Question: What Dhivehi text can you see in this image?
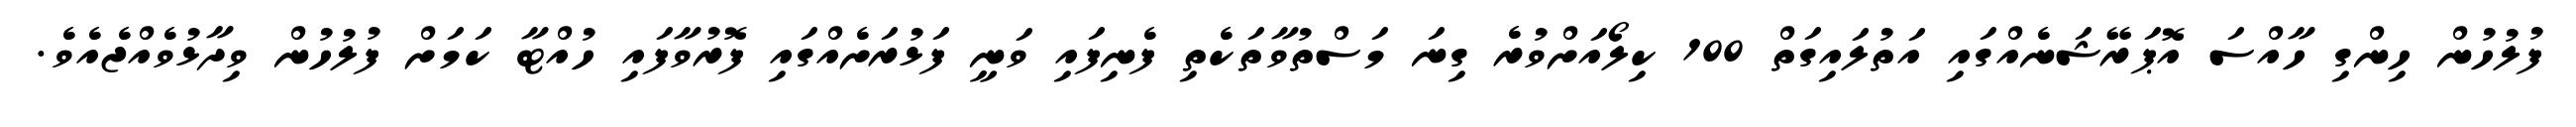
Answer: ފުލުހުން ހިންގި ހާއްސަ އޮޕަރޭޝަނެއްގައި އަތުލައިގަތް 100 ކިލޯއަށްވުރެ ގިނަ މަސްތުވާތަކެތި ފެނިފައި ވަނީ ފަޅުރަށެއްގައި ފޮރުވާފައި ހުއްޓާ ކަމަށް ފުލުހުން ވިދާޅުވެއްޖެއެވެ.